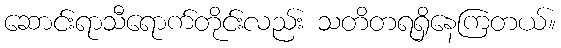
ဆောင်းရာသီရောက်တိုင်းလည်း သတိတရရှိနေကြတယ်။